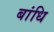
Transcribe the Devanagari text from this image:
बांधि